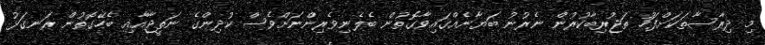
މި ދިރާސާތަކަށްފަހު ތަޖުރިބާކުރުން ނެރުނު ބަޔާނެއްގައިވާގޮތުން ބެލެނިވެރިންނަށްވެސް ކުދިންގެ ނަތީޖާއާއި ބެހޭގޮތުން ރަނގަޅު